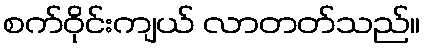
စက်ဝိုင်းကျယ် လာတတ်သည်။